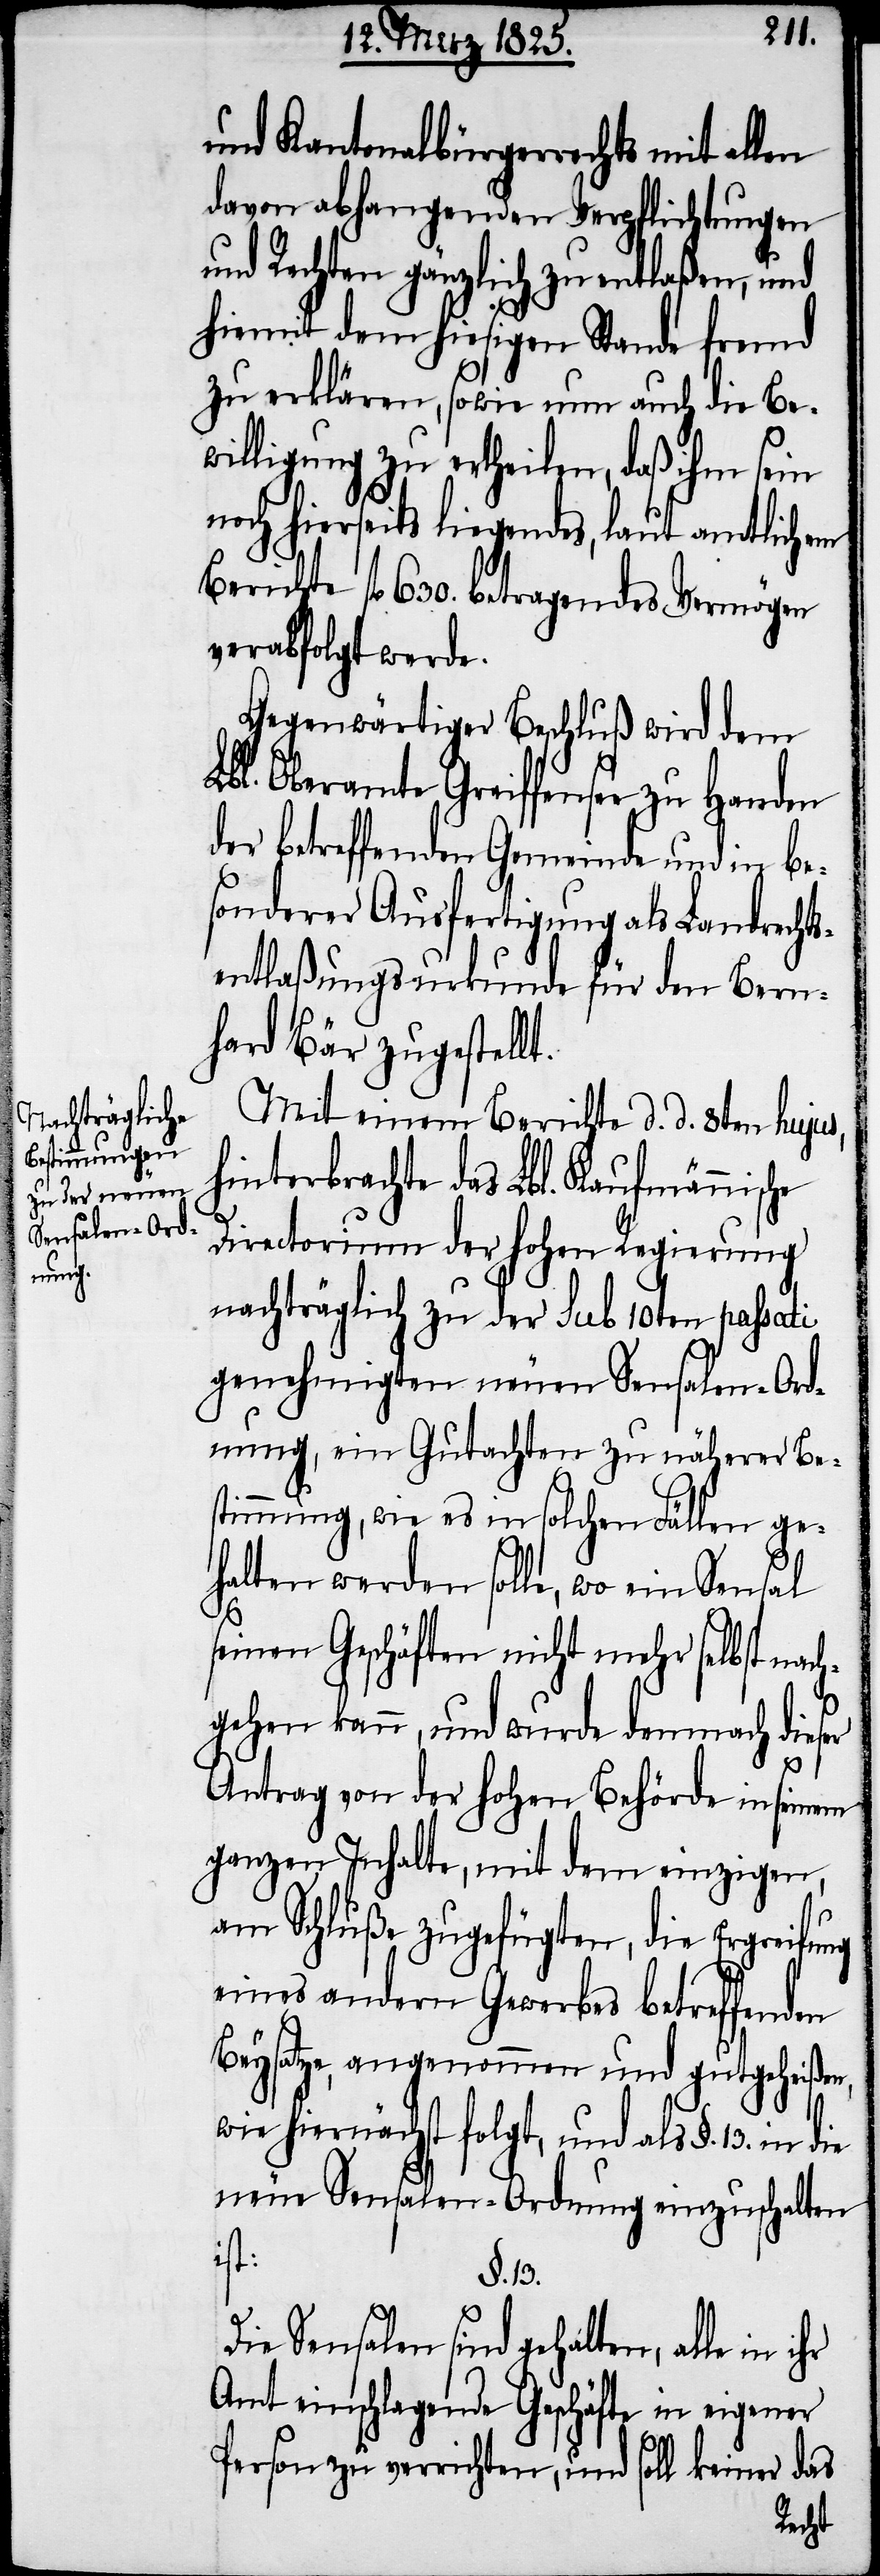
und Kantonalbürgerrechts mit allen
davon abhangenden Verpflichtungen
und Rechten gänzlich zu entlaßen, und
hiemit dem hiesigen Stande fremd
zu erklären, sowie nun auch die Be¬
willigung zu ertheilen, daß ihm sein
noch hierseits liegendes, laut amtlichem
Berichte fl 630. betragendes Vermögen
verabfolgt werde.
Gegenwärtiger Beschluß wird dem
Lbl. Oberamte Greifensee zu Handen
der betreffenden Gemeinde und in be¬
sonderer Ausfertigung als Landrechts¬
entlaßungsurkunde für den Bern¬
hard Bär zugestellt.
Mit einem Berichte d. d. 8ten hujus,
hinterbrachte das Lbl. Kaufmännische
Directorium der hohen Regierung
nachträglich zu der sub 10ten passati
genehmigten neuen Sensalen-Ord¬
nung, ein Gutachten zu näherer Be¬
stimmung, wie es in solchen Fällen ge¬
halten werden solle, wo ein Sensal
seinen Geschäften nicht mehr selbst nac¬
hgehen kann, und wurde demnach dieser
Antrag von der hohen Behörde in seinem
ganzen Inhalte, mit dem einzigen,
am Schluße zugefügten, die Ergreifung
eines andern Gewerbes betreffenden
Beysatze, angenommen und gutgeheißen,
wie hiernächst folgt, und als §. 13. in
neue Sensalen-Ordnung einzuschalten
ist:
§. 13.
Die Sensalen sind gehalten, alle in
Amt einschlagende Geschäfte in eigener
Person zu verrichten, und soll keiner das